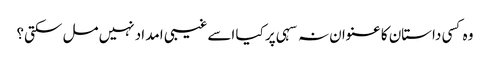
وہ کسی داستان کا عنوان نہ سہی پر کیا اسے غیبی امد اد نہیں مل سکتی؟